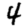
Digit: 4